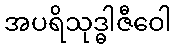
အပရိသုဒ္ဓါဇီဝေါ